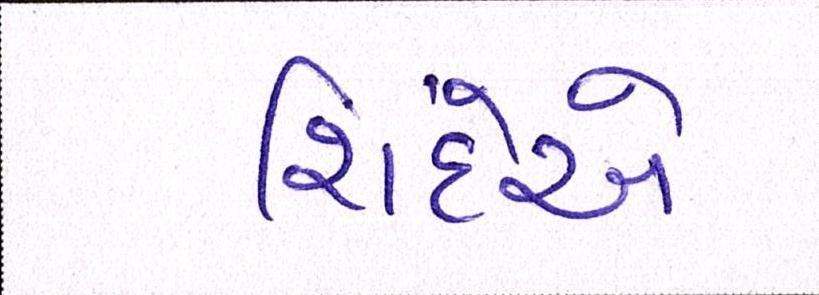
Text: શિંદેએ